Annual report on the mental hospital in the Central Provinces and Berar (Nagpur) - 1927-1951
Year: 1927
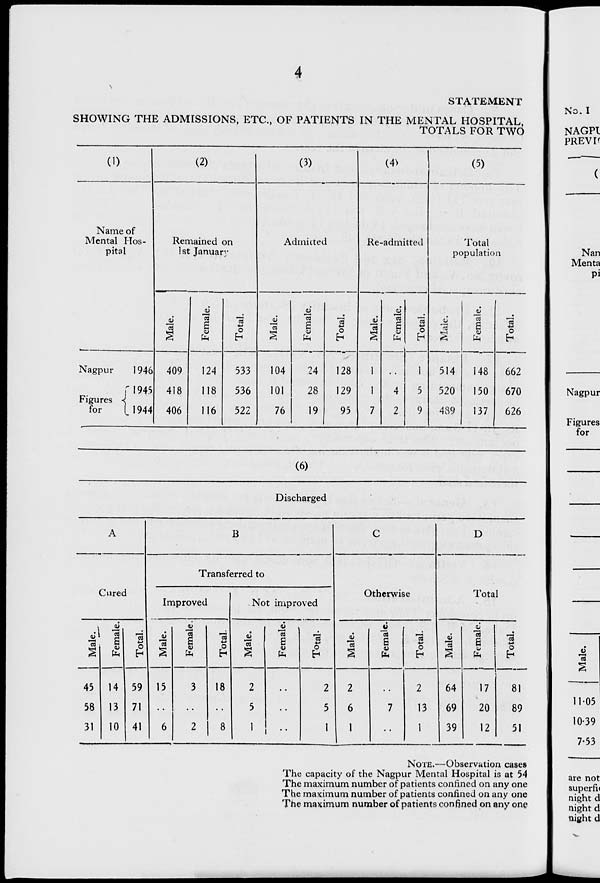
STATEMENT
SHOWING THE ADMISSIONS, ETC., OF PATIENTS IN THE MENTAL HOSPITAL,
TOTALS FOR TWO
No. I
(1)
(2)
(3)
(4>
(5)
Name of
Mental Hos-
Remained i 3n
Admicted
Re-admitted
Total
pital
1st Januar
population
o
<u
<u
V
9)
i
£
CD
fa
03
■M
O
03
03
a
fa
o
h
128
1
1
03
s
o
fa
03
O
h
1
u
514
a
fa
03
o
h
Nagpur
1946 409
124
533
104
24
148
662
f 1945 418
118
536
101
28
129
1
4
5
520
150
670
Figures <
for
l_ 1944 406
116
522
76
19
95
7
2
9
489
137
626
(6)
Discharged
A
B
C
D
I
Transferred to
Otherwis e
Curec
Total
Improved
Not improved
V
<U
V
^
\
<U
u
*03
03
s 9
fa
'3 ii
o
h
03
B
fa
o
*03
i
03
£
fa
"o3
O
"3
2
03
s
U
fa
'cS
o
h
03
1
fa
13
4-*
o
*
45
14 59
15
3
18
2
2
2
2
64
17
81
58
13 71
5
5
6
7
13
69
20
89
31
10 41
6
2 ! 8
1 1
1
1
1
39
12
51
NOTE.—Observation cases
The capacity of the Nagpur Mental Hospital is at 54
The maximum number of patients confined on any one
The maximum number of patients confined on any one
The maximum number of patients confined on any one